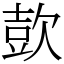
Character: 㰻